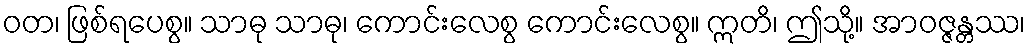
ဝတ၊ ဖြစ်ရပေစွ။ သာဓု သာဓု၊ ကောင်းလေစွ ကောင်းလေစွ။ ဣတိ၊ ဤသို့။ အာဝဇ္ဇန္တဿ၊